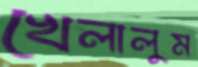
খেলালুম